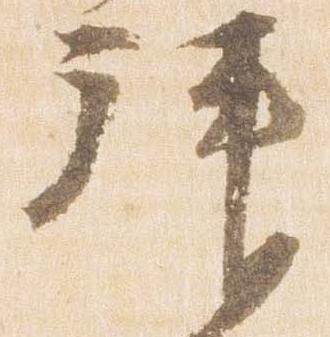
拝